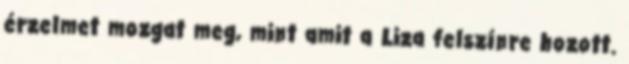
érzelmet mozgat meg, mint amit a Liza felszínre hozott.